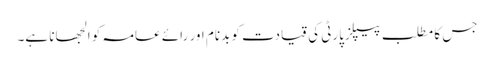
جس کا مطلب پیپلزپارٹی کی قیادت کو بدنام اور رائے عامہ کو الجھانا ہے۔